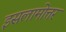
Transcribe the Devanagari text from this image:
इसलामोत्तर